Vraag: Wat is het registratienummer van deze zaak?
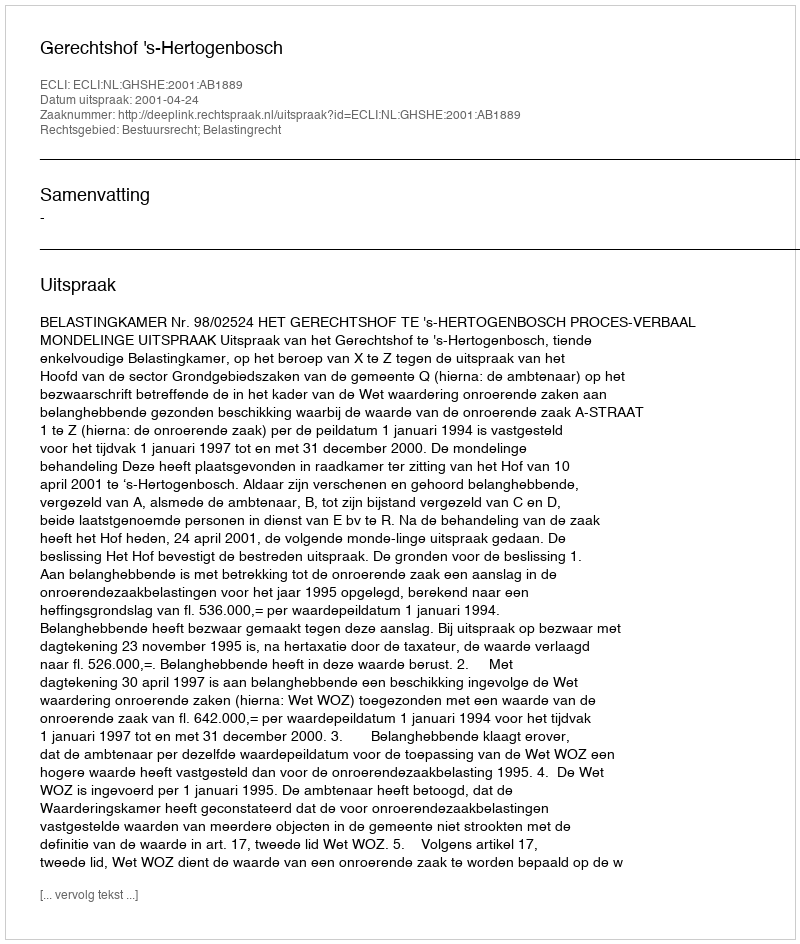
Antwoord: http://deeplink.rechtspraak.nl/uitspraak?id=ECLI:NL:GHSHE:2001:AB1889